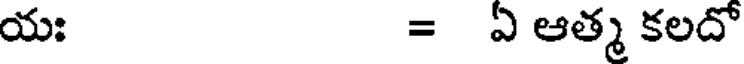
యః = ఏ ఆత్మ కలదో